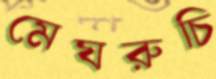
মেঘরুচি